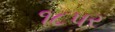
૧૮પર